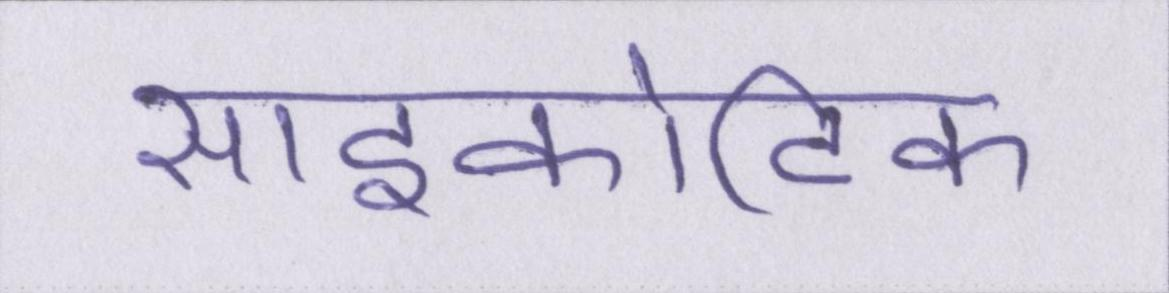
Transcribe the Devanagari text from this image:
साइकोटिक